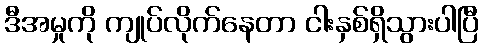
ဒီအမှုကို ကျုပ်လိုက်နေတာ ငါးနှစ်ရှိသွားပါပြီ